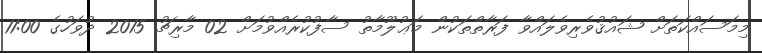
މިމަސައްކަތަށް ޝައުޤުވެރިވެލައްވާ ފަރާތްތަކުން މަޢުލޫމާތު ސާފުކުރެއްވުމަށް 02 މާރިޗު 2015 ދުވަހުގެ 11:00